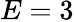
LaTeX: E=3